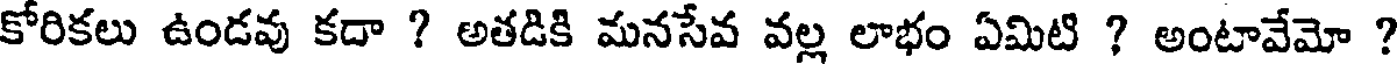
కోరికలు ఉండవు కదా ? అతడికి మనసేవ వల్ల లాభం ఏమిటి ? అంటావేమో ?